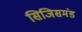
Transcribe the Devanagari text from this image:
सिजिसमंड